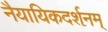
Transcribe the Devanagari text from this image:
नैयायिकदर्शनम्